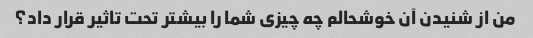
من از شنیدن آن خوشحالم چه چیزی شما را بیشتر تحت تاثیر قرار داد؟